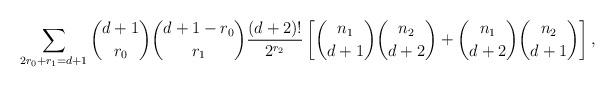
LaTeX: \begin{align*} \sum_{2r_0+r_1=d+1} {d+1 \choose r_0} {d+1-r_0 \choose r_1} \frac{(d+2)!}{2^{r_2}} \left[ {n_1 \choose d+1} {n_2 \choose d+2} + {n_1 \choose d+2} {n_2 \choose d+1}\right], \end{align*}